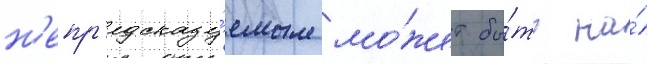
н'епр'едсказу́емым мо́жет бы́ть на́